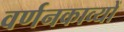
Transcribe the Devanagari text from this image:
वर्णनकाव्यों